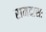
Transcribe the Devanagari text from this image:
रामदासः